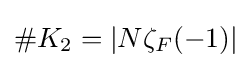
\#K_{2}=|N\zeta _{F}(-1)|